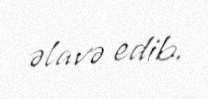
əlavə edib.